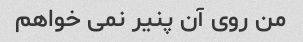
من روی آن پنیر نمی خواهم